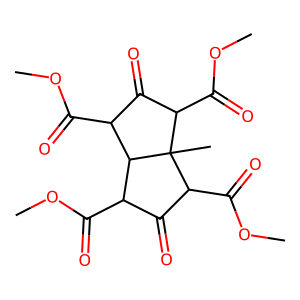
SMILES: COC(=O)C1C(=O)C(C(=O)OC)C2(C)C(C(=O)OC)C(=O)C(C(=O)OC)C12
Inhibits HIV replication: No